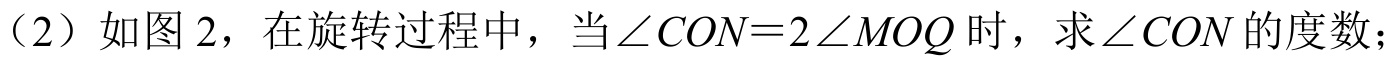
（2）如图 2，在旋转过程中，当\(\angle CON = 2\angle MOQ\)时，求\(\angle CON\)的度数；